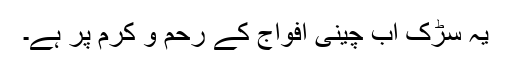
یہ سڑک اب چینی افواج کے رحم و کرم پر ہے۔